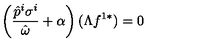
\left( \frac { \hat { p } ^ { i } \sigma ^ { i } } { \hat { \omega } } + \alpha \right) ( \Lambda f ^ { 1 * } ) = 0